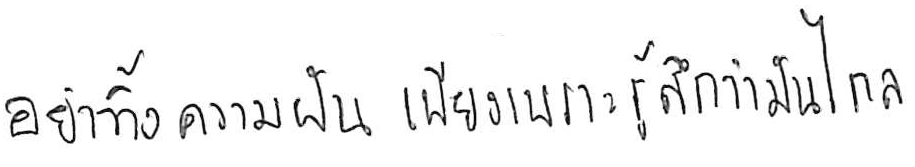
อย่าทิ้งความฝัน เพียงเพราะรู้สึกว่ามันไกล